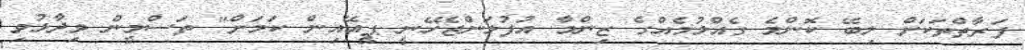
ފަރާތްތަކަށް ލިބޭ ކޮންމެ ގެއްލުމެއްގެ ޒިންމާ އުފުލަންޖެހޭނީ ޕީއޭއިން ކަމަށް" ތަސްމީން ވިދާޅުވި